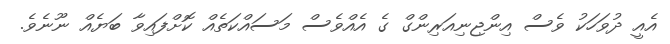
އެއީ ދުވަހަކު ވެސް އިންޖިނިއަރިންގް ގެ އެއްވެސް މަސައްކަތެއް ކޮށްފައިވާ ބަޔެއް ނޫނެވެ.